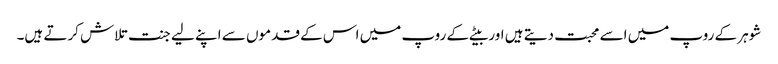
شوہر کے روپ میں اسے محبت دیتے ہیں اور بیٹے کے روپ میں اس کے قدموں سے اپنے لیے جنت تلاش کرتے ہیں۔